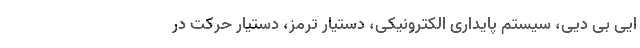
ایی بی دیی، سیستم پایداری الکترونیکی، دستیار ترمز، دستیار حرکت در